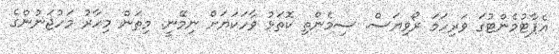
އެޕާޓުމެންޓުގަ ވަރިހަމަ ރޯވިޔަސް. ސިމެންތި ކޮތަޅު ވާހަކަޔަށް ނިމޭނީ. މިތަން މިހާރު މަހުޖަނުންގެ